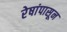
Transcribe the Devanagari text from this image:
रेषांपासून